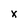
Character: x